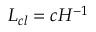
L _ { c l } = c H ^ { - 1 }